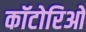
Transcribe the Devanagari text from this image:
कॉटोरिओ